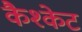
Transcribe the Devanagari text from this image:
कैश्केट